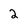
Character: 2